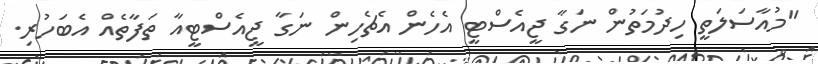
"މުއާސަލަތީ ހިދުމަތުން ނަގާ ޖީއެސްޓީ އެހެން އެޗެހިން ނަގާ ޖީއެސްޓީއާ ތަފާތެއް އެބަހުރި.